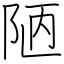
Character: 陋